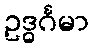
ဥဒ္ဓင်္ဂမာ